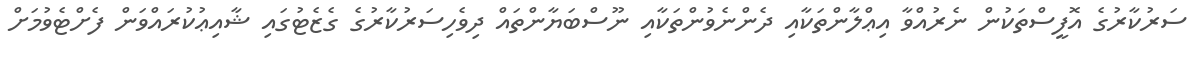
ސަރުކާރުގެ އޮފީސްތަކުން ނެރުއްވާ އިޢްލާންތަކާއި ދެންނެވުންތަކާއި ނޫސްބަޔާންތައް ދިވެހިސަރުކާރުގެ ގެޒެޓުގައި ޝާއިޢުކުރައްވަން ފެށްޓެވުމަށް